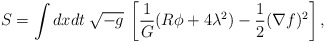
\begin{align*}S=\int dxdt\:\sqrt{- {g}} \: \left[\frac{1}{G}(R\phi+4\lambda^2)-\frac{1}{2}(\nabla f)^2 \right],\end{align*}